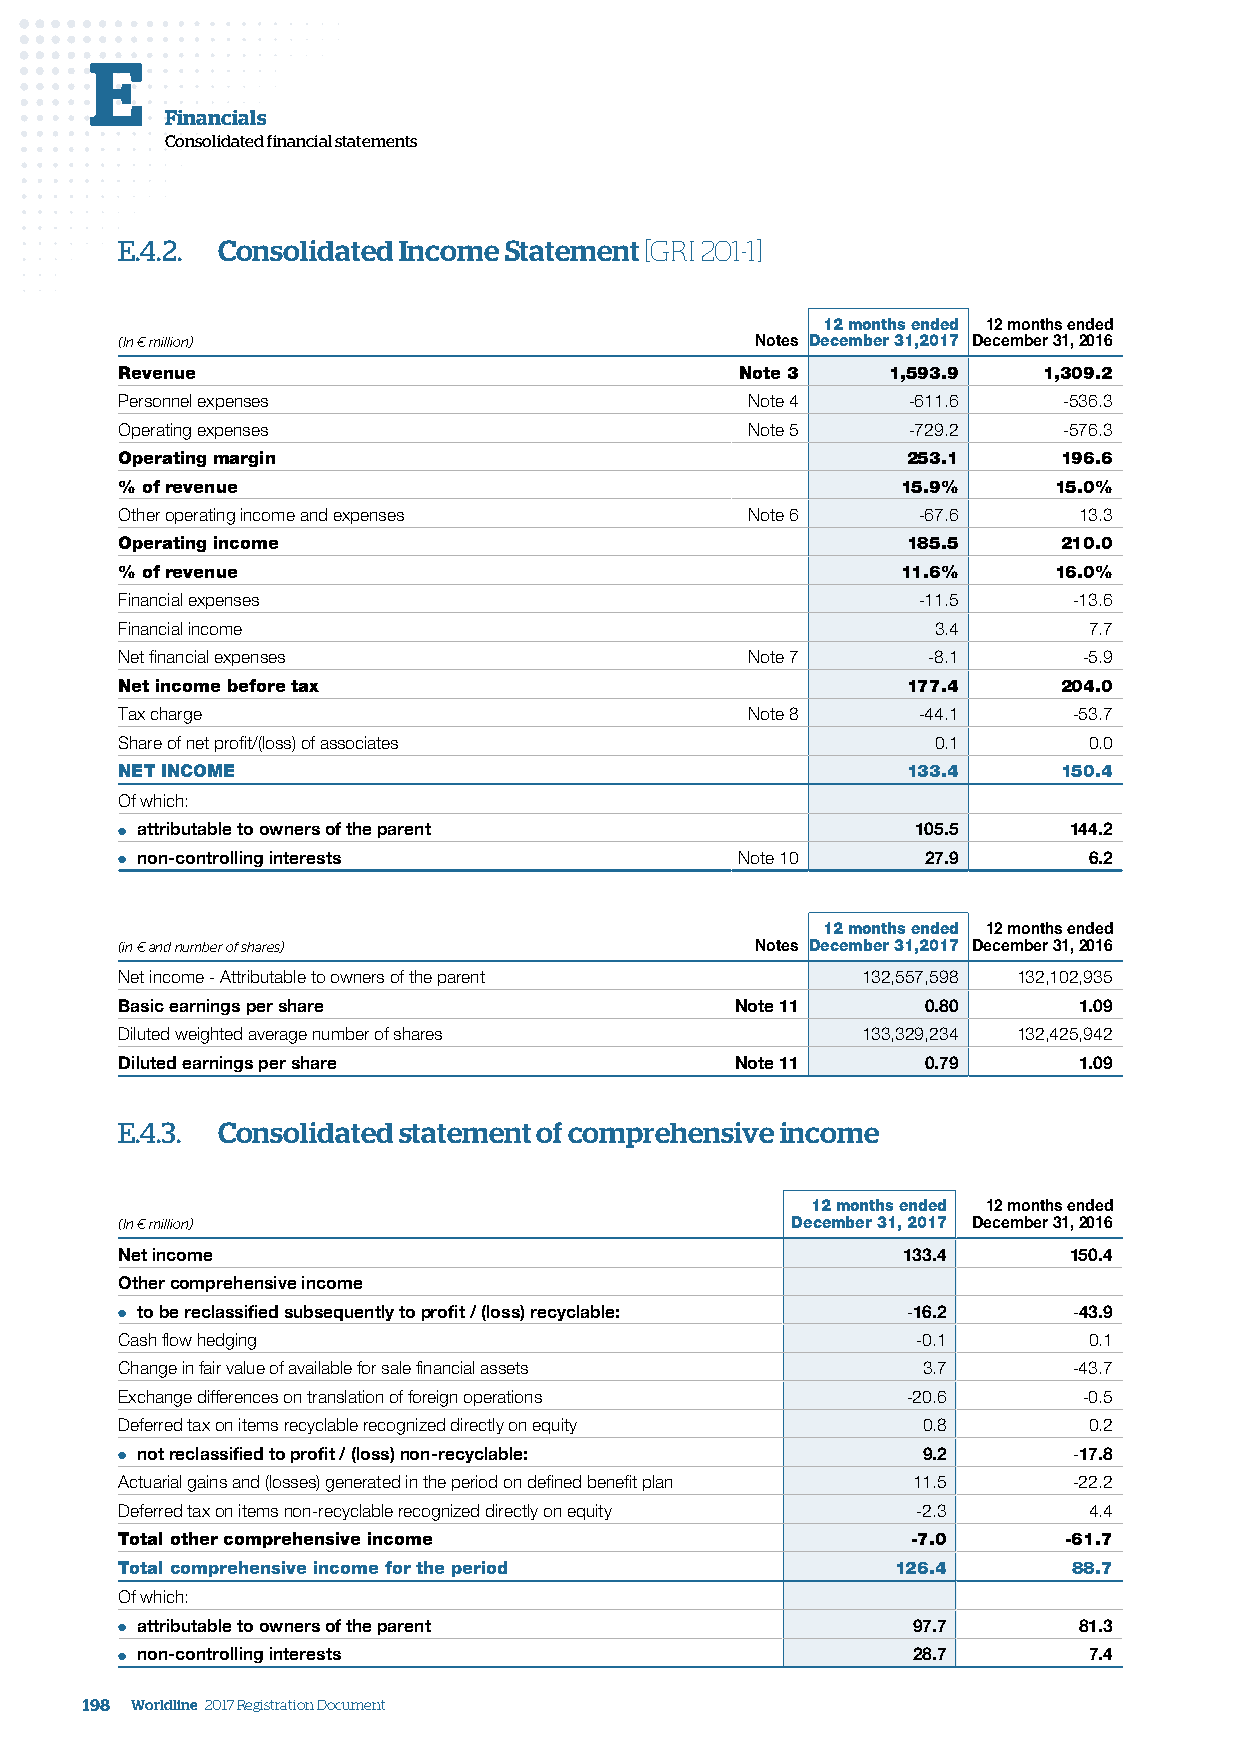
E
 Financials
 Consolidated financial statements
 E.4.2. Consolidated Income Statement [GRI 201-1]
 12 months ended 12 months ended
 (In € million)                            Notes December 31,2017 December 31, 2016
 Revenue                                  Note 3    1,593.9   1,309.2
 Personnel expenses                       Note 4     -611.6    -536.3
 Operating expenses                       Note 5     -729.2    -576.3
 Operating margin                                    253.1     196.6
 % of revenue                                        15.9%     15.0%
 Other operating income and expenses      Note 6      -67.6     13.3
 Operating income                                    185.5     210.0
 % of revenue                                        11.6%     16.0%
 Financial expenses                                   -11.5     -13.6
 Financial income                                      3.4       7.7
 Net financial expenses                   Note 7      -8.1       -5.9
 Net income before tax                               177.4     204.0
 Tax charge                               Note 8      -44.1     -53.7
 Share of net profit/(loss) of associates              0.1       0.0
 NET INCOME                                          133.4     150.4
 Of which:
 ● attributable to owners of the parent               105.5     144.2
 ● non-controlling interests              Note 10     27.9       6.2
 12 months ended 12 months ended
 (in € and number of shares)               Notes December 31,2017 December 31, 2016
 Net income - Attributable to owners of the parent 132,557,598 132,102,935
 Basic earnings per share                 Note 11     0.80      1.09
 Diluted weighted average number of shares        133,329,234 132,425,942
 Diluted earnings per share               Note 11     0.79      1.09
 E.4.3. Consolidated statement of comprehensive income
 12 months ended 12 months ended
 (In € million)                              December 31, 2017 December 31, 2016
 Net income                                          133.4      150.4
 Other comprehensive income
 ● to be reclassified subsequently to profit / (loss) recyclable: -16.2 -43.9
 Cash flow hedging                                    -0.1       0.1
 Change in fair value of available for sale financial assets 3.7 -43.7
 Exchange differences on translation of foreign operations -20.6 -0.5
 Deferred tax on items recyclable recognized directly on equity 0.8 0.2
 ● not reclassified to profit / (loss) non-recyclable: 9.2      -17.8
 Actuarial gains and (losses) generated in the period on defined benefit plan 11.5 -22.2
 Deferred tax on items non-recyclable recognized directly on equity -2.3 4.4
 Total other comprehensive income                    -7.0      -61.7
 Total comprehensive income for the period          126.4       88.7
 Of which:
 ● attributable to owners of the parent              97.7       81.3
 ● non-controlling interests                         28.7        7.4
 198 Worldline 2017 Registration Document